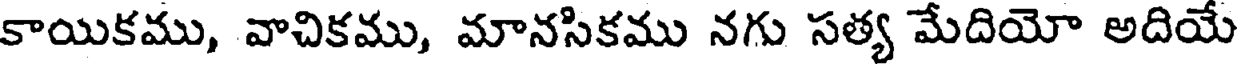
కాయికము, వాచికము, మానసికము నగు సత్య మేదియో అదియే